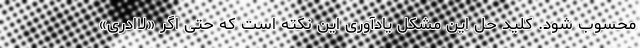
محسوب شود. کلید حل این مشکل یادآوری این نکته است که حتی اگر «لاادری»